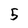
Character: 5